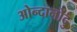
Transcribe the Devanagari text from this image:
ओन्दानोंदु